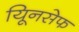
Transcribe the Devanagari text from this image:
यिूनसेफ